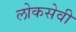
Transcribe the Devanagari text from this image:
लोकसेवी